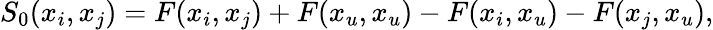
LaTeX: S_{0}(x_{i},x_{j})=F(x_{i},x_{j})+F(x_{u},x_{u})-F(x_{i},x_{u})-F(x_{j},x_{u}),